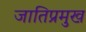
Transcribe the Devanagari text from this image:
जातिप्रमुख